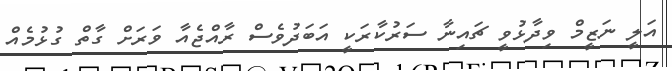
އަލީ ނަޒީމް ވިދާޅުވީ ޗައިނާ ސަރުކާރަކީ އަބަދުވެސް ރާއްޖެއާ ވަރަށް ގާތް ގުޅުމެއް